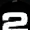
Digit: 2